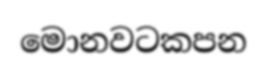
මොනවටකපන